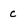
Character: c